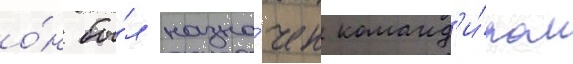
о́н бы́л назна́чен команд'и́ром